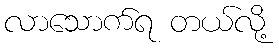
လာသောက်ရ တယ်လို့